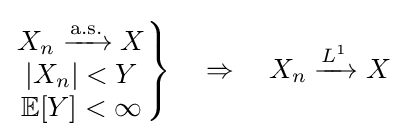
\left.{\begin{matrix}X_{n}\xrightarrow {\overset {}{\text{a.s.}}} X\\|X_{n}|<Y\\\mathbb {E} [Y]<\infty \end{matrix}}\right\}\quad \Rightarrow \quad X_{n}\xrightarrow {L^{1}} X